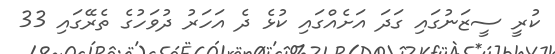
ކުރީ ސީޒަނުގައި ގަދަ އަށެއްގައި ކުޅެ ދެ އަހަރު ދުވަހުގެ ތެރޭގައި 33